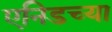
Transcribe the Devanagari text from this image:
एनिडच्या